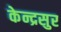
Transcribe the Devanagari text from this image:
केन्द्रसुर